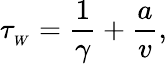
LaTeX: \tau_{_{W}}=\frac{1}{\gamma}+\frac{a}{v},